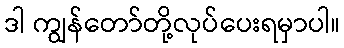
ဒါ ကျွန်တော်တို့လုပ်ပေးရမှာပါ။